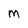
Character: m